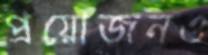
প্রয়োজনও